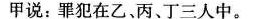
甲说：罪犯在乙、丙、丁三人中。